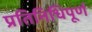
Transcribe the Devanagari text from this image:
प्रतिनिधिपूर्ण